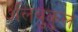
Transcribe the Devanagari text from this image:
७लिंबुकुल